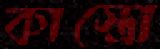
কাস্ত্রো